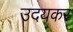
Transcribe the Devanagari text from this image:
उदयकर